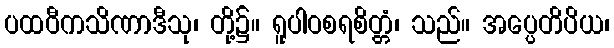
ပထဝီကသိဏာဒီသု၊ တို့၌။ ရူပါဝစရစိတ္တံ၊ သည်။ အပ္ပေတိပိယ၊